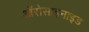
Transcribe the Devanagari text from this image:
ऑरोसाइनाइड